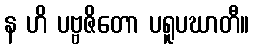
န ဟိ ပဗ္ဗဇိတော ပရူပဃာတီ။